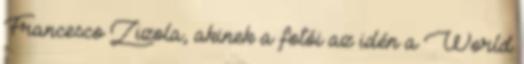
Francesco Zizola, akinek a fotói az idén a World